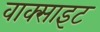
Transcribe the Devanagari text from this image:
वाक्साइट